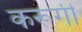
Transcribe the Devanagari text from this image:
करूगीं